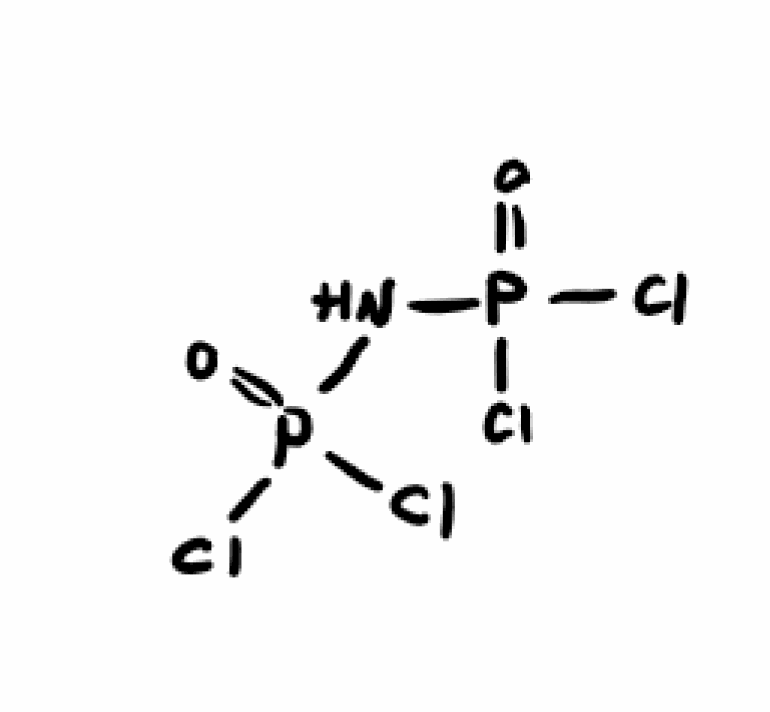
Simplified molecular-input line-entry system (SMILES) notation of the given molecule:
N(P(=O)(Cl)Cl)P(=O)(Cl)Cl